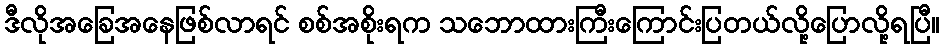
ဒီလိုအခြေအနေဖြစ်လာရင် စစ်အစိုးရက သဘောထားကြီးကြောင်းပြတယ်လို့ပြောလို့ရပြီ။